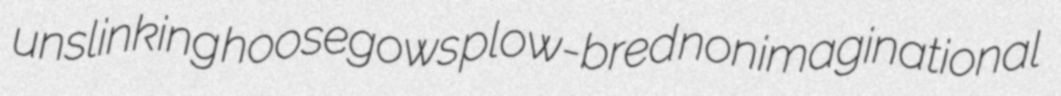
unslinking hoosegows plow-bred nonimaginational